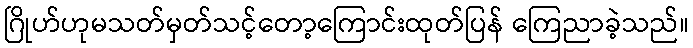
ဂြိုဟ်ဟုမသတ်မှတ်သင့်တော့ကြောင်းထုတ်ပြန် ကြေညာခဲ့သည်။